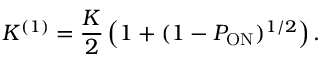
K ^ { ( 1 ) } = \frac { K } { 2 } \left( 1 + ( 1 - P _ { \mathrm { O N } } ) ^ { 1 / 2 } \right) .